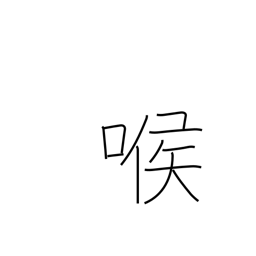
Meaning: voice